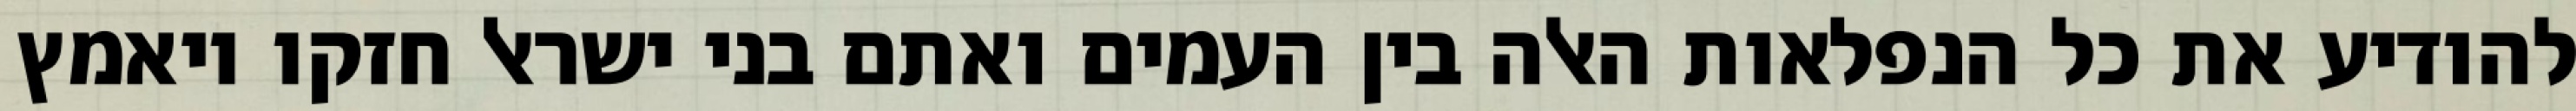
להודיע את כל הנפלאות האלה בין העמים ואתם בני ישראל חזקו ויאמץ